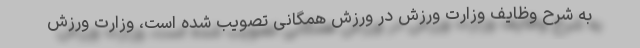
به شرح وظایف وزارت ورزش در ورزش همگانی تصویب شده است، وزارت ورزش